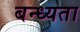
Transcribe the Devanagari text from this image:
बन्ध्यता